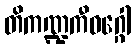
တိကဏ္ဍကီဝဂ္ဂေါ